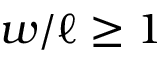
w / \ell \geq 1